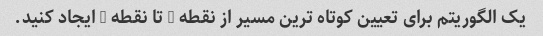
یک الگوریتم برای تعیین کوتاه ترین مسیر از نقطه A تا نقطه B ایجاد کنید.